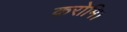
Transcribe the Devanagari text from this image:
करोमि।